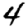
Digit: 4